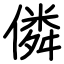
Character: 僯